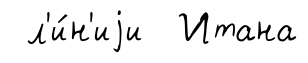
л'и́н'иjи Итана